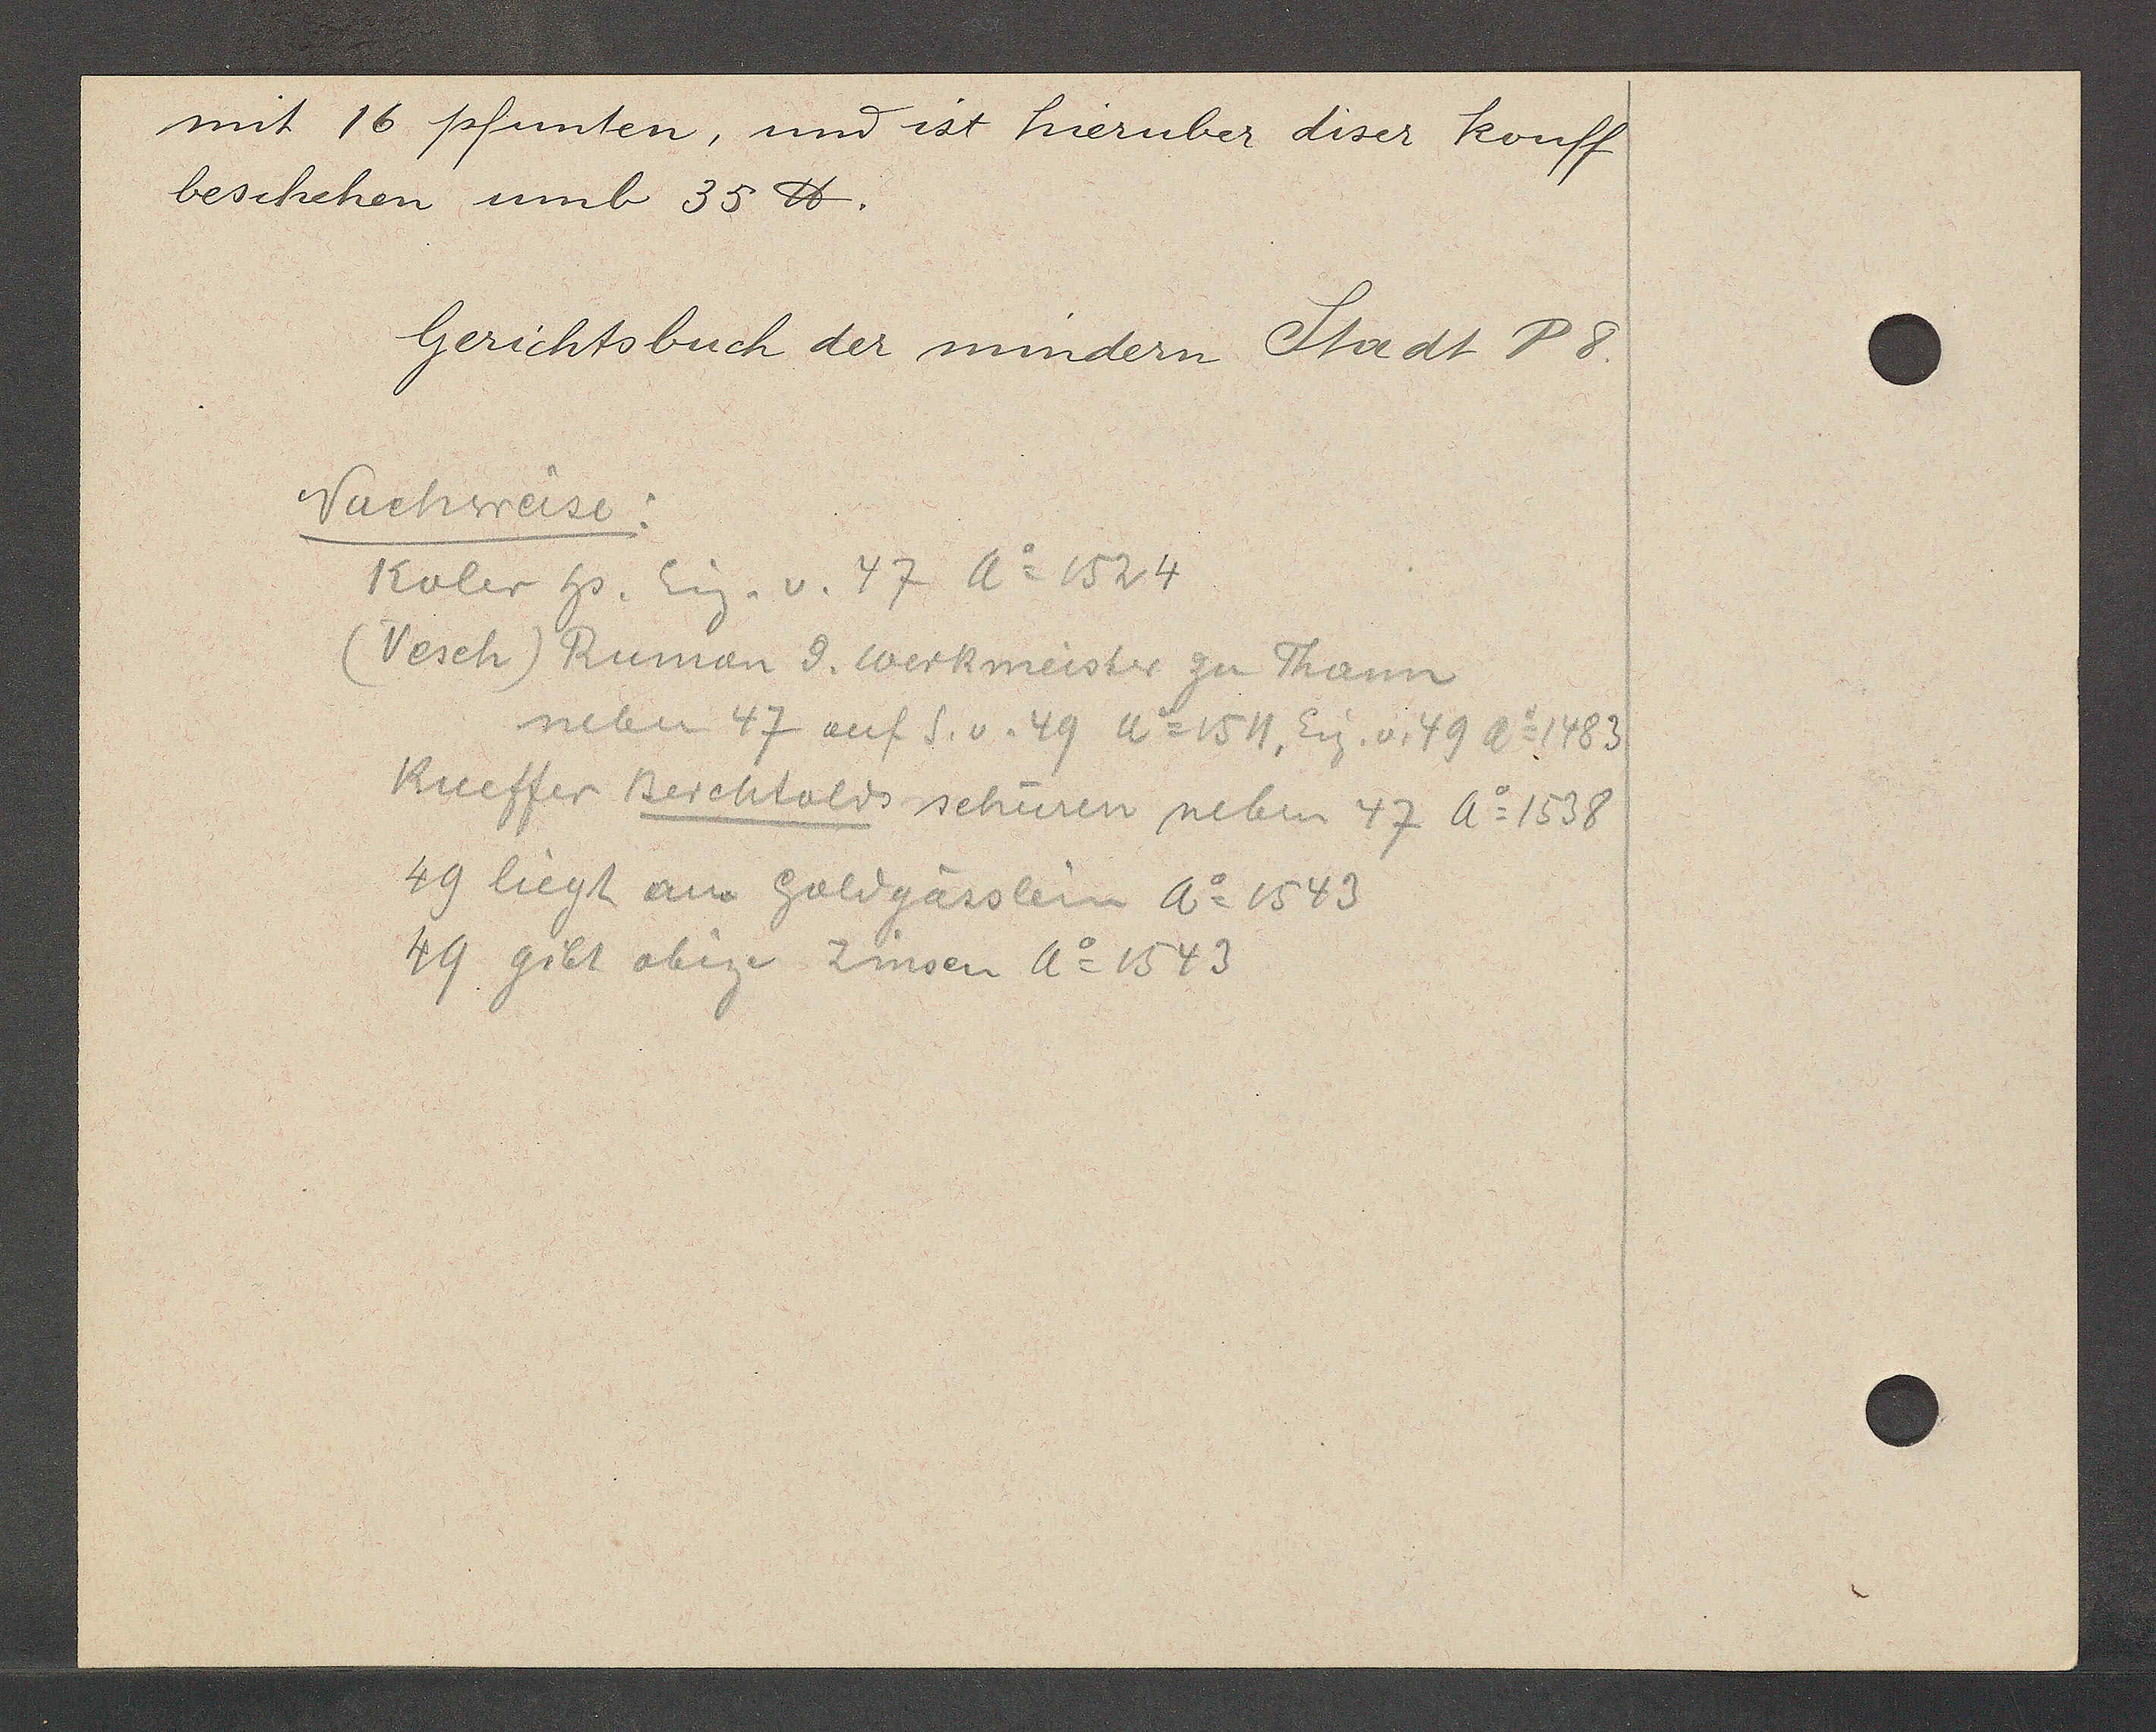
Transcript:
mit 16 pfunten, und ist hiernber diser kouff
beschehen umb 35 ℔.

Gerichtsbuch der mindern Stadt A8.

Nächwerse.
Koler Hs. Eig. v. 47 Ao 1524
(Wesch) Ruman d. Werkmeister zu Tann
neben 47 auf S. v. 49 Ao 154, Eig. v. 49 Ao 1483
Küeffer Beschtolds sehuren neben 77 Ao 1538
49 liegt an Goldgässlein Ao 1543
49 gibt obige Zinsen Ao 1543